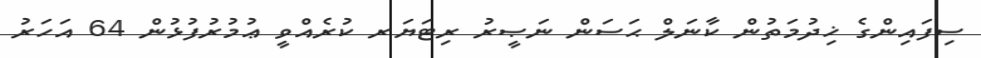
ސިފައިންގެ ޚިދުމަތުން ކާނަލް ޙަސަން ނަޞީރު ރިޓަޔަރ ކުރެއްވީ ޢުމުރުފުޅުން 64 އަހަރު